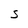
Character: S